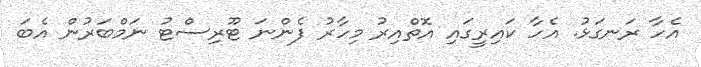
އެހާ ރަނގަޅު. އެހާ ކައިރީގައި އޮތްއިރު މިހާރު ފެންނަ ޓޫރިސްޓު ނަމްބަރުން އެބަ